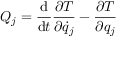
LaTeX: Q _ { j } = { \frac { \mathrm { d } } { \mathrm { d } t } } { \frac { \partial T } { \partial { \dot { q } } _ { j } } } - { \frac { \partial T } { \partial q _ { j } } }